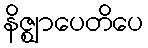
နိဇ္ဈာပေတိပေ